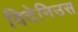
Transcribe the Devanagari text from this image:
विदेनिउस